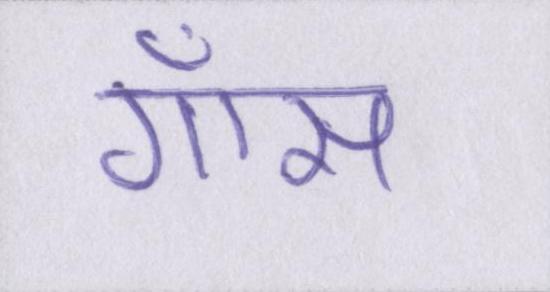
गॉस